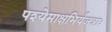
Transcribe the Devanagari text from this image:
पश्येमाक्षभिर्यजत्राः